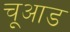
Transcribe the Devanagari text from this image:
चूआड